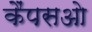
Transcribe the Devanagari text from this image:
कैंपसओ